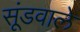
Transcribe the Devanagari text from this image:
सूंडवाले